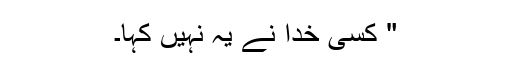
" کسی خدا نے یہ نہیں کہا۔